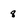
Character: q